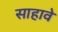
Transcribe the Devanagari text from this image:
साहावे